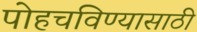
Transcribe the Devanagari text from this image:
पोहचविण्यासाठी